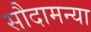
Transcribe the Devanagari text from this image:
सौदामन्या